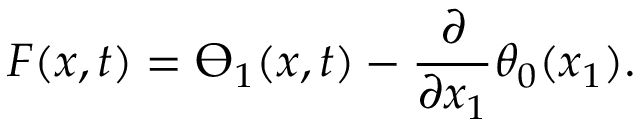
F ( x , t ) = \varTheta _ { 1 } ( x , t ) - \frac { \partial } { \partial x _ { 1 } } \theta _ { 0 } ( x _ { 1 } ) .